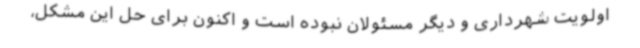
اولویت شهرداری و دیگر مسئولان نبوده است و اکنون برای حل این مشکل،